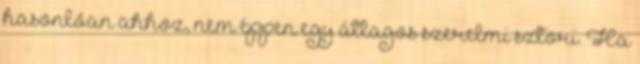
hasonlóan ahhoz, nem éppen egy átlagos szerelmi sztori. Ha